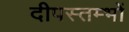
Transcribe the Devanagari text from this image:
दीपस्तम्भों